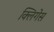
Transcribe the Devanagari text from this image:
क्लिगेस